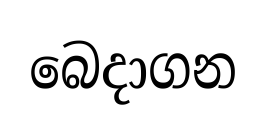
බෙදාගන